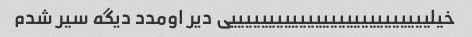
خیلییییییییییییییییییییییییییی دیر اومدد دیگه سیر شدم